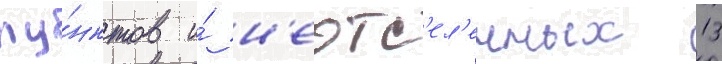
пу́нктов и́ н'еотс'ел'енных 13